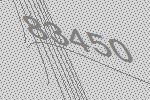
83450